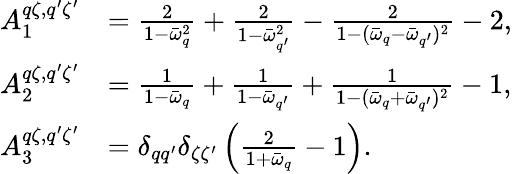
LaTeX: \begin{array}{rl}{A_{1}^{q\zeta,q^{\prime}\zeta^{\prime}}}&{=\frac{2}{1-\bar{\omega}_{q}^{2}}+\frac{2}{1-\bar{\omega}_{q^{\prime}}^{2}}-\frac{2}{1-(\bar{\omega}_{q}-\bar{\omega}_{q^{\prime}})^{2}}-2,}\\ {A_{2}^{q\zeta,q^{\prime}\zeta^{\prime}}}&{=\frac{1}{1-\bar{\omega}_{q}}+\frac{1}{1-\bar{\omega}_{q^{\prime}}}+\frac{1}{1-(\bar{\omega}_{q}+\bar{\omega}_{q^{\prime}})^{2}}-1,}\\ {A_{3}^{q\zeta,q^{\prime}\zeta^{\prime}}}&{=\delta_{qq^{\prime}}\delta_{\zeta\zeta^{\prime}}\left(\frac{2}{1+\bar{\omega}_{q}}-1\right).}\end{array}